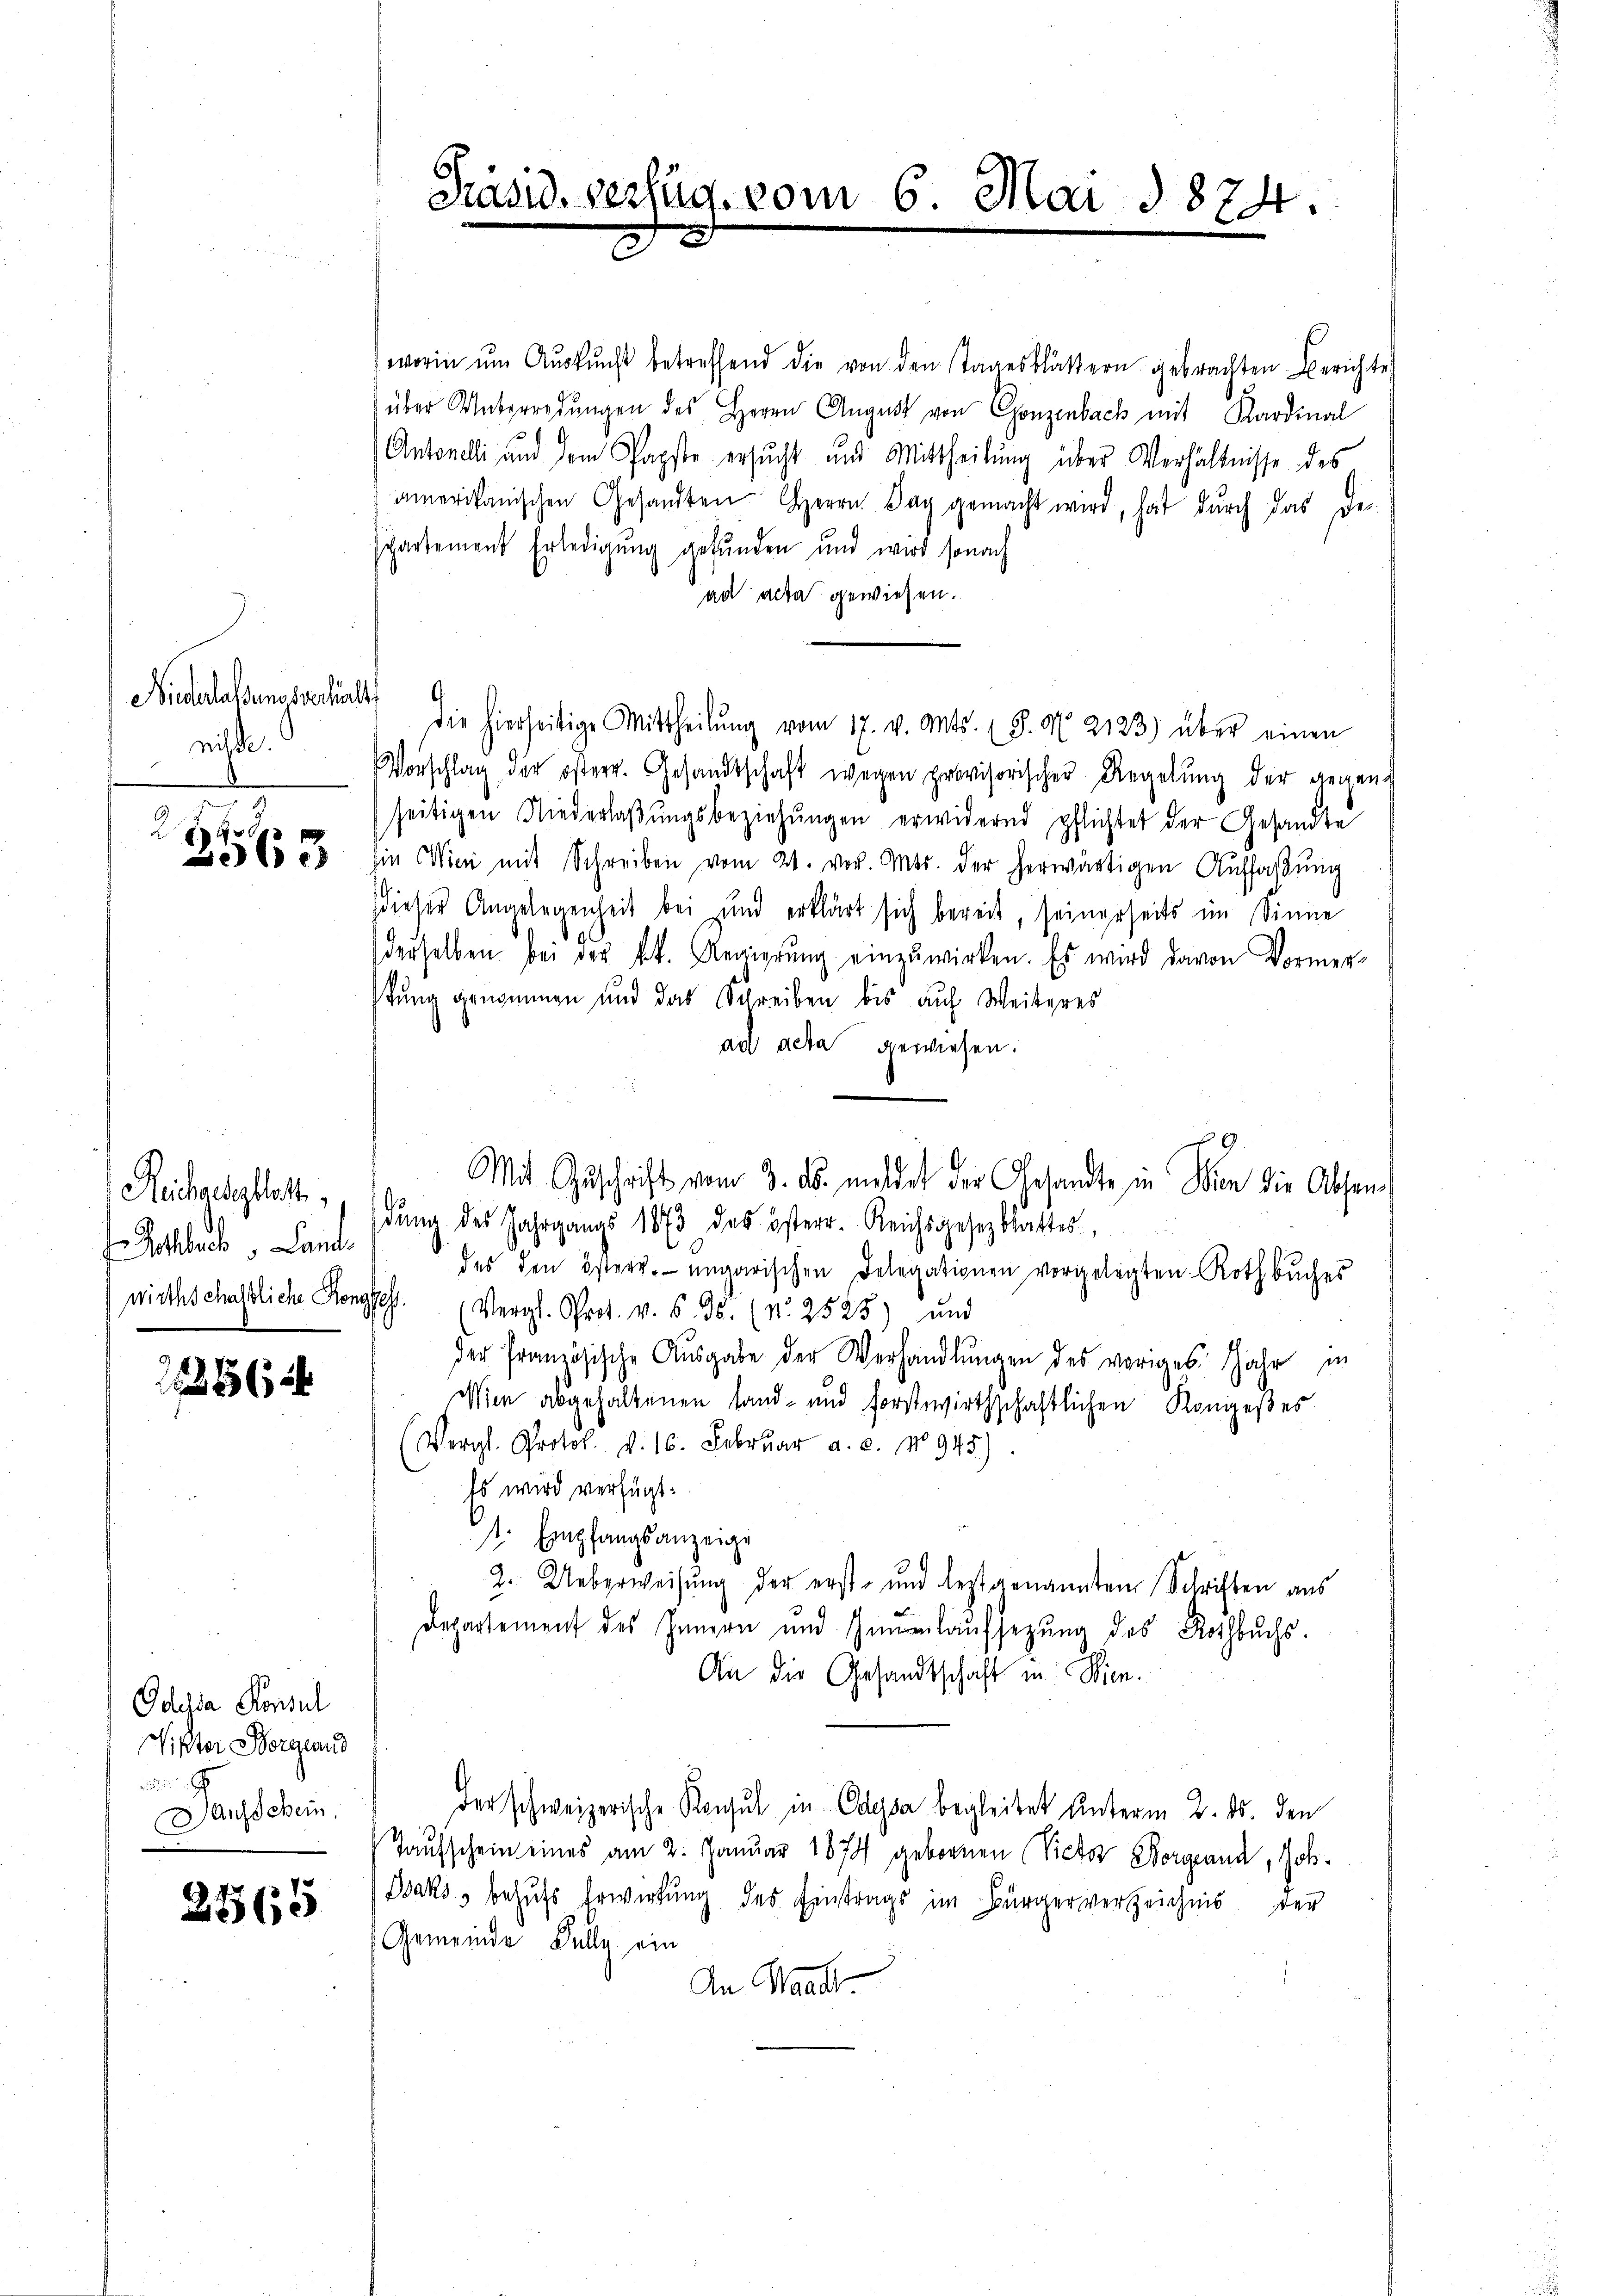
Niederlassungsverhin
niße.
n

3
2565

Rothbuch, Lands

86 xx

Gdusa Konsul
Lister Borgland

Dausschein.

2565

worin ŭm Aŭskŭnft betreffend die von den Tagesblättern gebrachten Berichte
über Unterredungen des Herrn August von Gonzenbach mit Kardinal
Antonelli und dem Papste ersucht und Mittheilung über Verhältnisse des
amerikanischen Gesandten Herrn Tag gemacht wird, hat dŭrch das der-
spartement Erledigung gefunden und wird sonach
ad acta gewiesen.
d
Die hierseitige Mittheilŭng vom 17. v. Mts. (S. § 2123) über einen
Vorschlag der österr. Gesandtschaft wegen provisorischer Regelŭng der gegend
seitigen Niederlaβŭngsbeziehungen erwidernd pflichtet der Gesandte
in Wien mit Schreiben vom 21. vor. Mts. der herwärtigen Auffaßung
dieser Angelegenheit bei und erklärt sich bereit, seinerseits im Sinne
derselben bei der kk. Regierŭng einzuwirken. Es wird davon Vormer-
stung genommen und das Schreiben bis auf Weiteres
ad acta gewiesen.
Mit Zuschrift vom 3. ds. mildet der Gesandte in Wien die Absen¬
Reichgelegblatt" dŭng des Jahrgangs 1873 des österr. Reichsgesezblattes,
des den östere ungarischen Delegationen vorgelegten Rothbuches
wirthschaftliche Rengges. (Vergl. Prot. v. 6. ds. (N. 2525) und
der Französische Aŭsgabe der Verhandlŭngen des voriges Jahr in
Wien abgehaltenen Land- und forstwirthschaftlichen Konießes
(Vergl. Protol. d. 16. Febrŭar a. c. No 945).
Es wird verfügt:
. Empfangsanzeige
2. Ueberweisung der erst- und leztgenannten Schriften aus
Departement des Innern und Humlaufsetzung des Rothbuchs.
An die Gesandtschaft in Wien.
der schweizerische Konsul in Odessa begleitet unterm 2. ds. den
Taufschein eines am 2. Januar 1874 gebornen Victor Borgrand, Hob¬
Baks behufs Erwirkung des Eintrags im Bürgerverzeichnis der
Gemeinde Fully ein
An Waadt

Präsid. verlag. vom 6. Mai 1874.
m

G